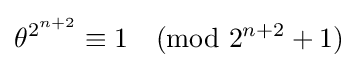
\theta ^{2^{n+2}}\equiv 1{\pmod {2^{n+2}+1}}